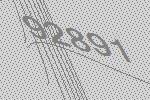
92891